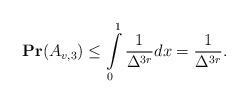
LaTeX: \begin{align*}\mathbf{Pr}(A_{v,3})\leq \int\limits_{0}^1\frac{1}{\Delta^{3r}}dx=\frac{1}{\Delta^{3r}}.\end{align*}